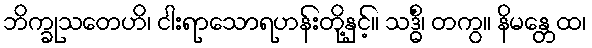
ဘိက္ခုသတေဟိ၊ ငါးရာသောရဟန်းတို့နှင့်။ သဒ္ဓိံ၊ တကွ။ နိမန္တေထ၊